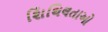
શિથિલતાઓ